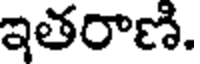
ఇతరాణి.